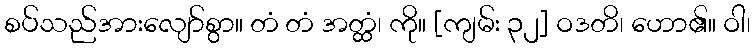
စပ်သည်အားလျော်စွာ။ တံ တံ အတ္ထံ၊ ကို။ [ကျမ်း ၃၂] ဝဒတိ၊ ဟော၏။ ဝါ၊